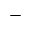
-